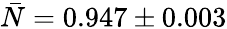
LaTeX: \bar{N}=0.947\pm 0.003